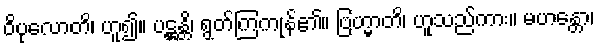
ဝိပုလောတိ၊ ဟူ၍။ ပဋ္ဌန္တိ၊ ရွတ်ကြကုန်၏။ ဗြဟ္မာတိ၊ ဟူသည်ကား။ မဟန္တော၊